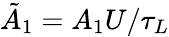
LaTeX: \tilde{A}_{1}=A_{1}U/\tau_{L}